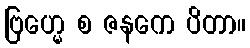
ဗြဟ္မေ စ ဇနကေ ပိတာ။